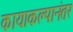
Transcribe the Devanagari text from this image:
कायाकल्पानंतर